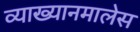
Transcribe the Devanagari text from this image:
व्याख्यानमालेस